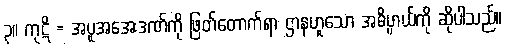
၃။ ကုဋိ = အပူအအေးဒဏ်ကို ဖြတ်တောက်ရာ ဌာနဟူသော အဓိပ္ပာယ်ကို ဆိုပါသည်။